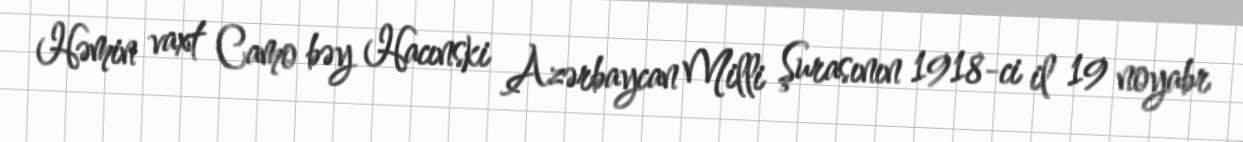
Həmin vaxt Camo bəy Hacınski Azərbaycan Milli Şurasının 1918-ci il 19 noyabr